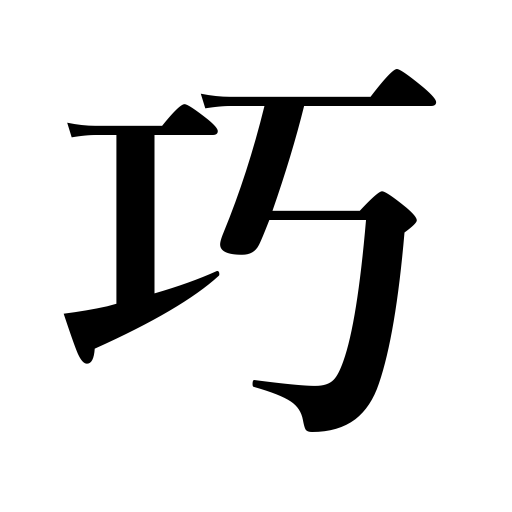
Meanings: skilled,ingenuity,skill